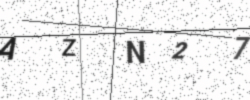
Text: AZN27